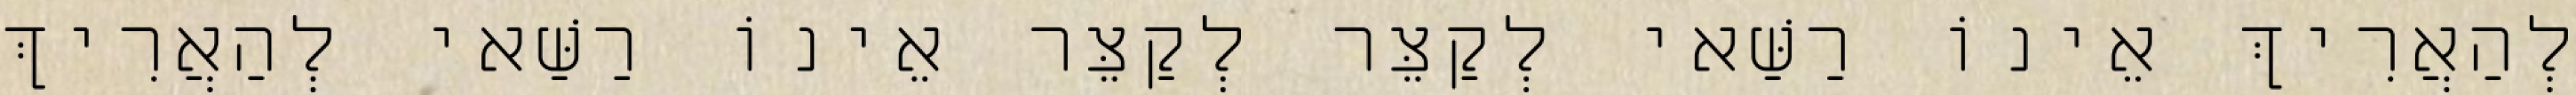
לְהַאֲרִיךְ אֵינוֹ רַשַּׁאי לְקַצֵּר לְקַצֵּר אֵינוֹ רַשַּׁאי לְהַאֲרִיךְ